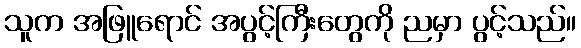
သူက အဖြူရောင် အပွင့်ကြီးတွေကို ညမှာ ပွင့်သည်။